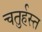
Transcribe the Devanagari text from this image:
चतुर्हस्त